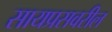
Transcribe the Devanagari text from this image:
सायप्रसवरील